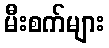
မီးစက်များ